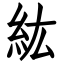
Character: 紘